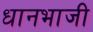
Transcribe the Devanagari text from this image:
धानभाजी